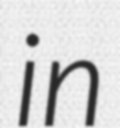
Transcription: in